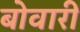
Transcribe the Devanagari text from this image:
बोवारी